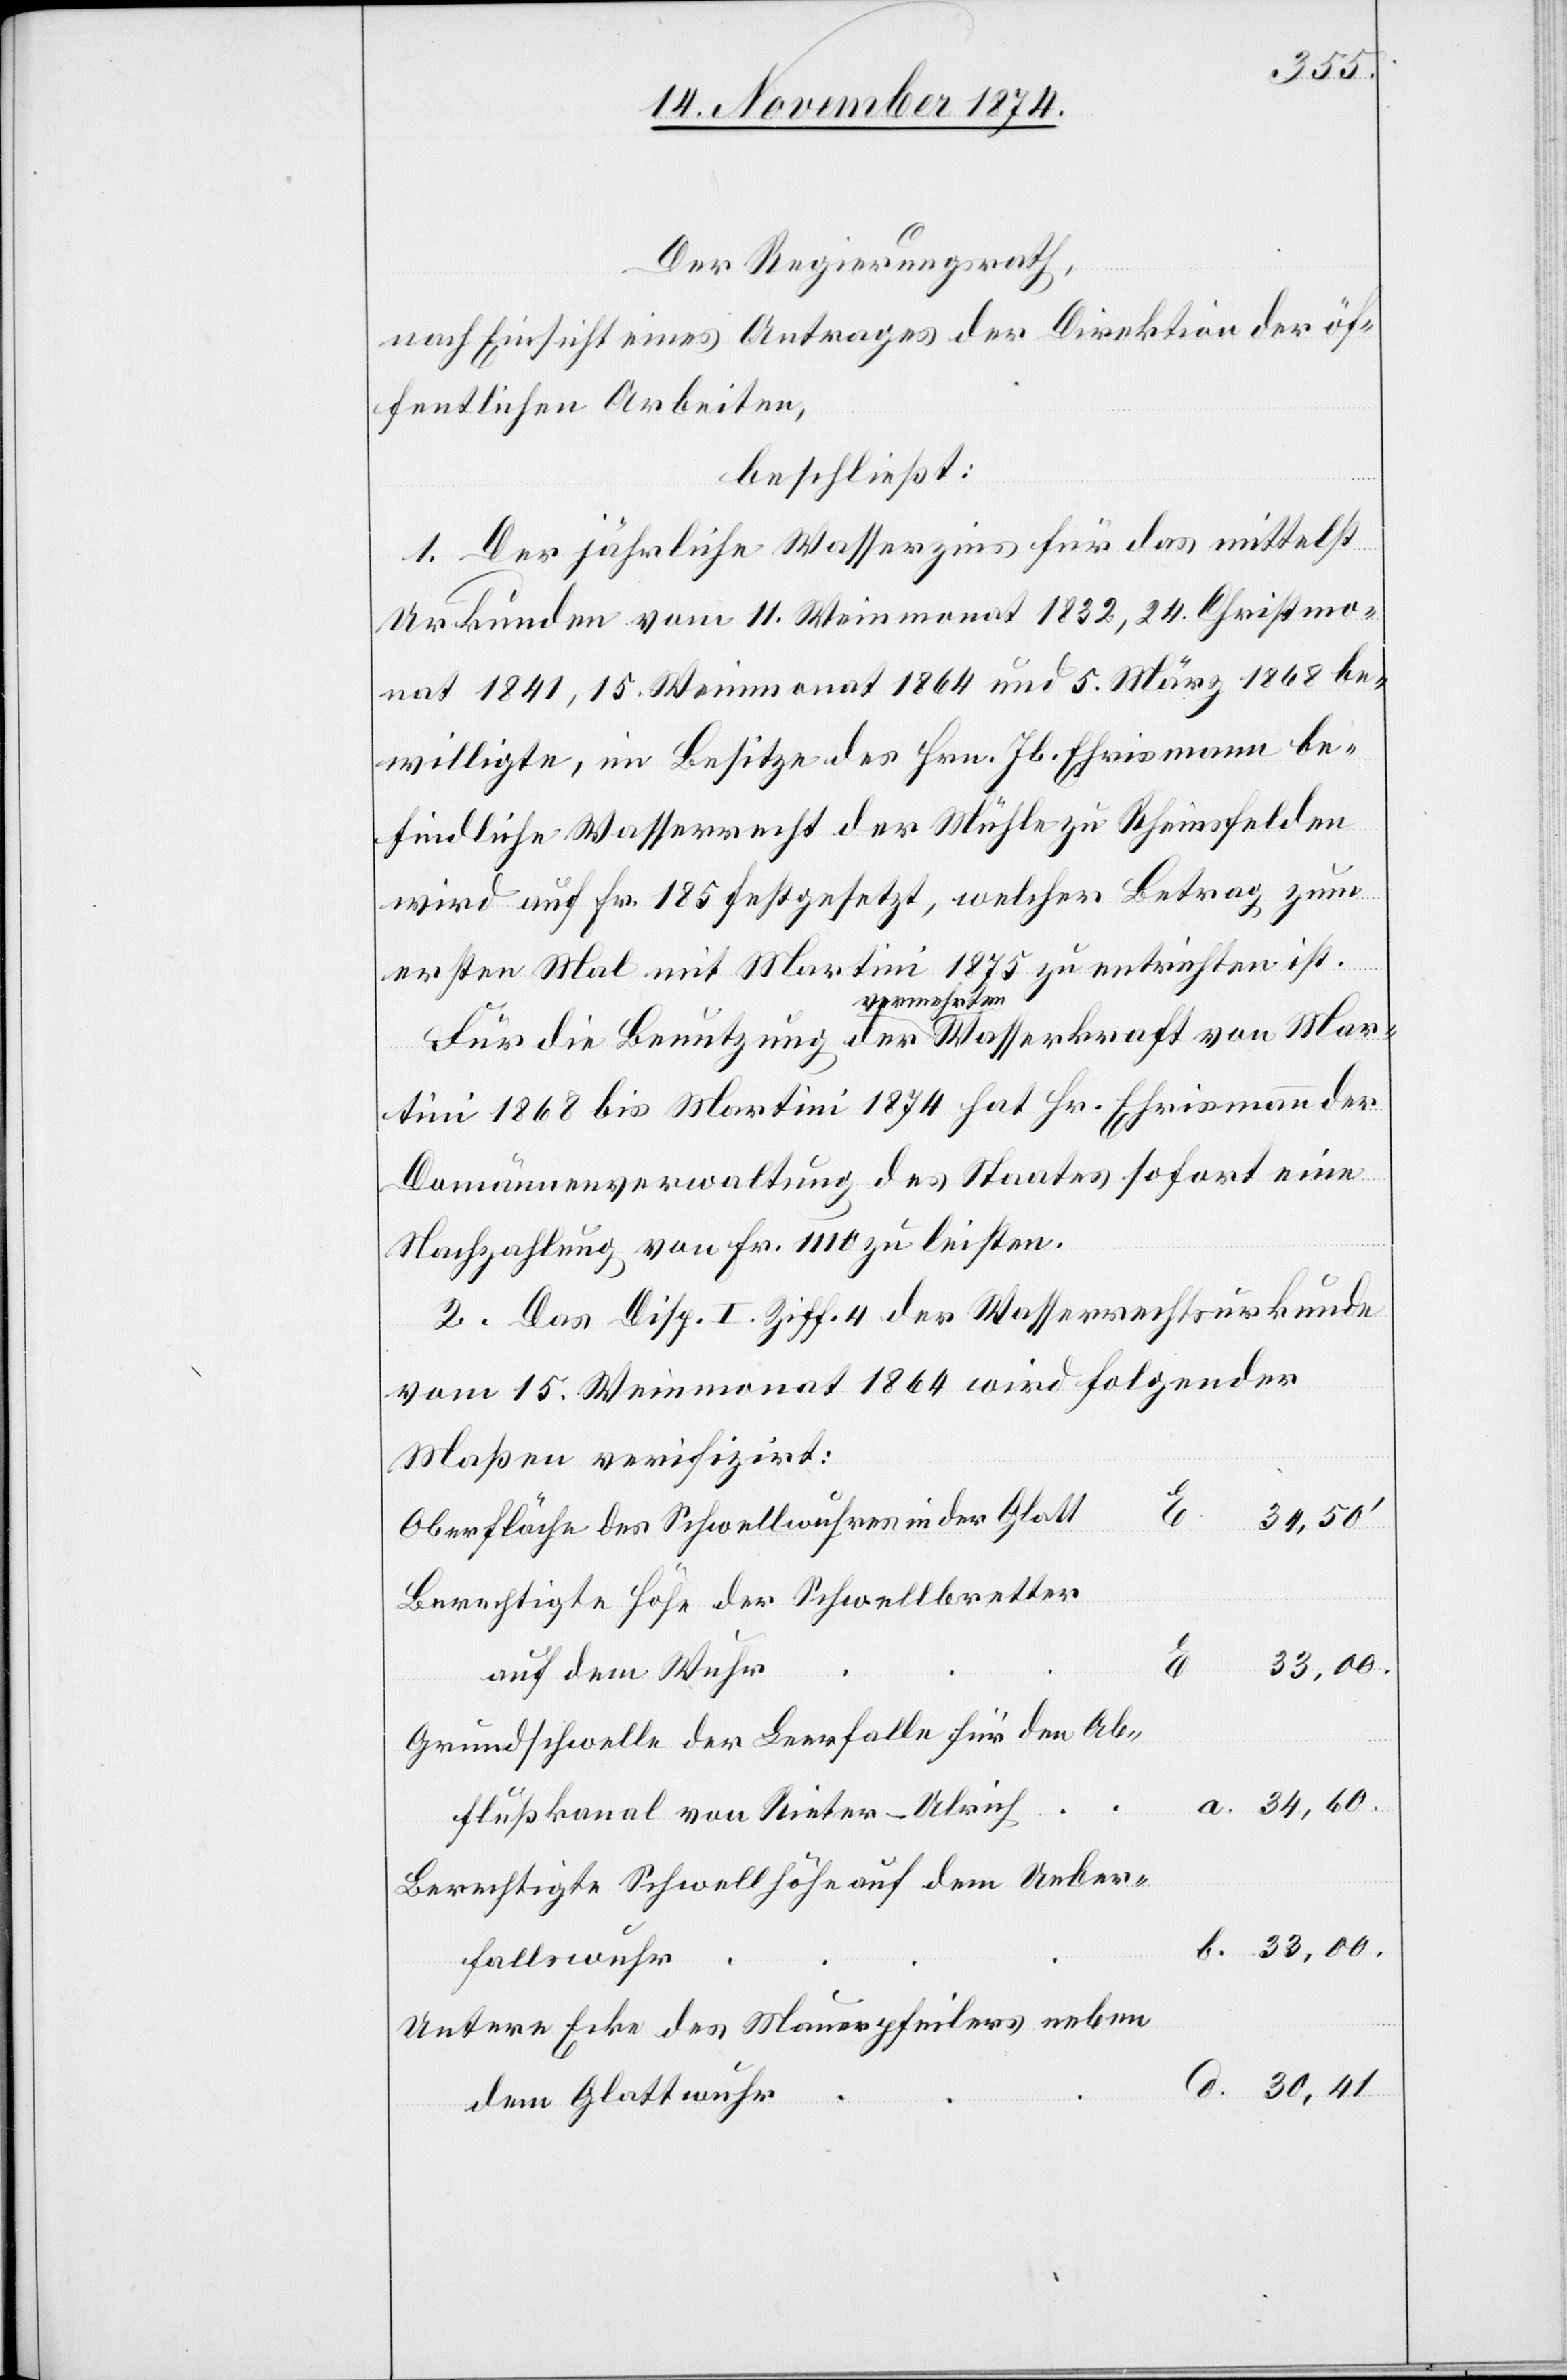
30,41.
Der Regierungsrath,
nach Einsicht eines Antrages der Direktion der öf¬
fentlichen Arbeiten,
beschließt:
1. Der jährliche Wasserzins für das mittelst
Urkunde vom 11. Weinmonat 1832, 24. Christmo¬
nat 1841, 15. Weinmonat 1864 und 5. März 1868 be¬
willigte, im Besitze des Hrn. Jb. Ehrismann be¬
findliche Wasserrecht der Mühle zur Rheinfelden
wird auf Fr. 185 festgesetzt, welcher Betrag zum
ersten Mal mit Martini 1875 zu entrichten ist.
Für die Benutzung der vermehrten Wasserkraft von Mar¬
tini 1868 bis Martini 1874 hat Hr. Ehrismann der
Domänenverwaltung des Staates sofort eine
Nachzahlung von Fr. 1110 zu leisten.
2. Das Disp. I Ziff. 4 der Wasserrechtsurkunde
vom 15. Weinmonat 1864 wird folgender
Maßen verifizirt:
Oberfläche des Schwellwuhres in der Glatt
Berechtigte Höhe der Schwellbretter
auf dem Wuhr
Grundschwelle der Leerfalle für den Ab¬
flußkanal von Rieter-Ulrich
Berechtigte Schwellhöhe auf dem Ueber¬
fallswuhr
Untere Ecke des Mauerpfeilers neben
dem Glattwuhr